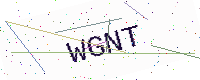
Text: WGNT